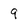
Character: 9